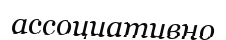
ассоциативно